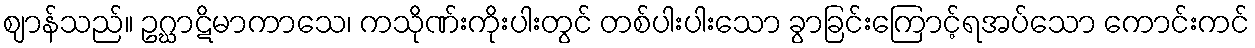
ဈာန်သည်။ ဥဂ္ဃာဋိမာကာသေ၊ ကသိုဏ်းကိုးပါးတွင် တစ်ပါးပါးသော ခွာခြင်းကြောင့်ရအပ်သော ကောင်းကင်